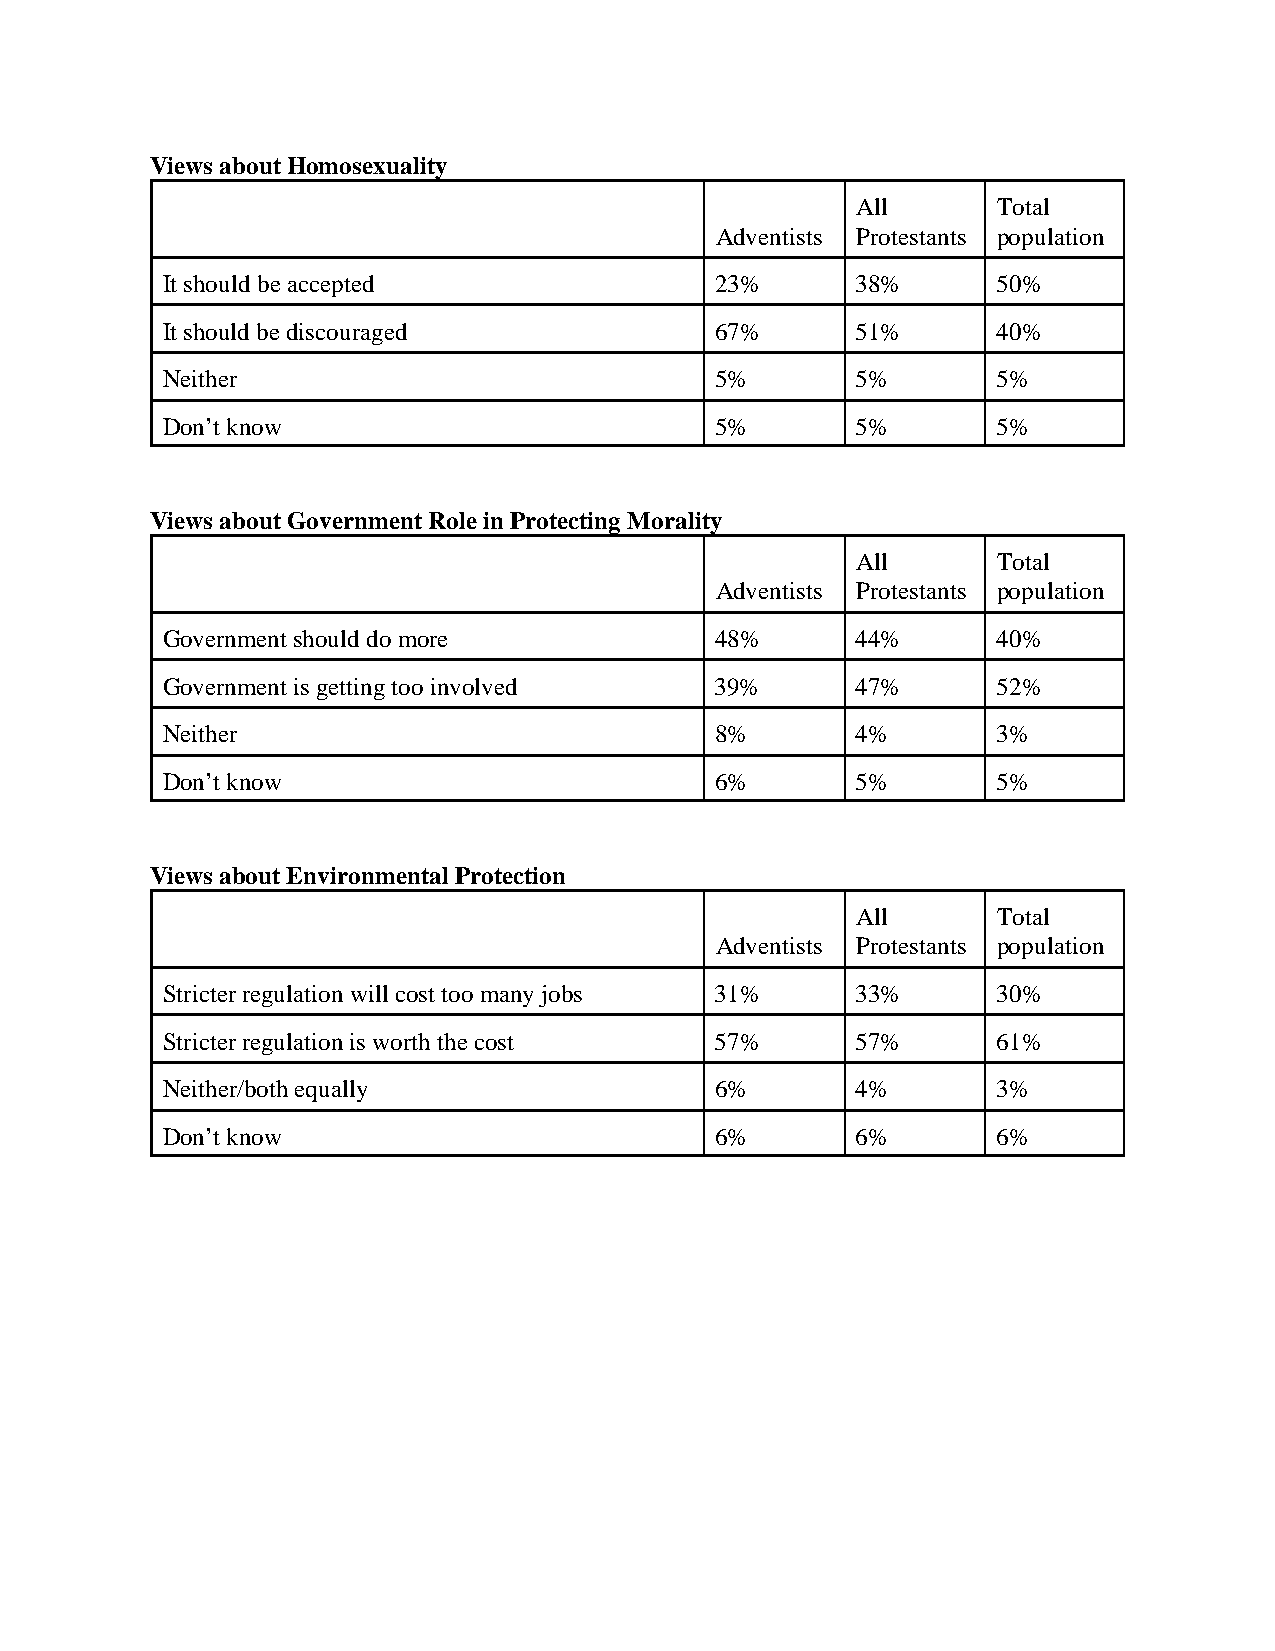
Views about Homosexuality
 All      Total
 Adventists Protestants population
 It should be accepted               23%       38%      50%
 It should be discouraged            67%       51%      40%
 Neither                             5%        5%       5%
 Don’t know                          5%        5%       5%
 Views about Government Role in Protecting Morality
 All      Total
 Adventists Protestants population
 Government should do more           48%       44%      40%
 Government is getting too involved  39%       47%      52%
 Neither                             8%        4%       3%
 Don’t know                          6%        5%       5%
 Views about Environmental Protection
 All      Total
 Adventists Protestants population
 Stricter regulation will cost too many jobs 31% 33%    30%
 Stricter regulation is worth the cost 57%     57%      61%
 Neither/both equally                6%        4%       3%
 Don’t know                          6%        6%       6%